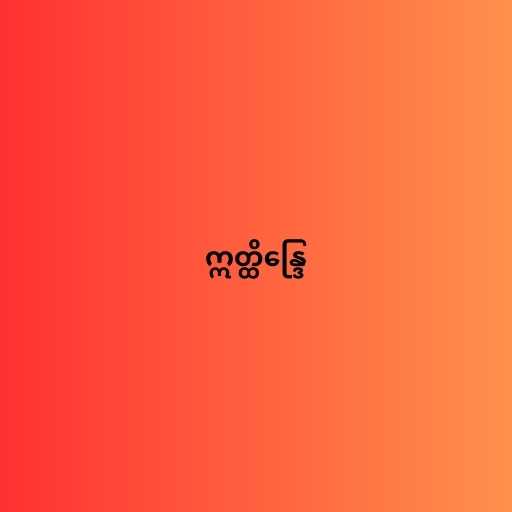
ဣတ္ထိန္ဒြေ